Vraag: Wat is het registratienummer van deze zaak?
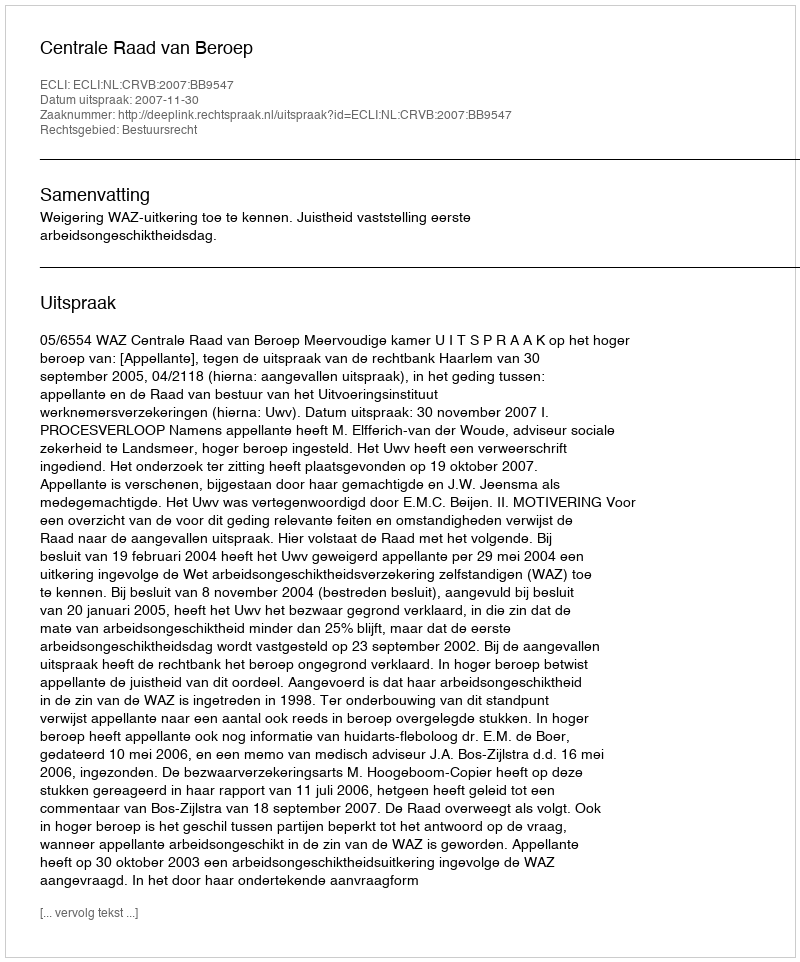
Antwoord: http://deeplink.rechtspraak.nl/uitspraak?id=ECLI:NL:CRVB:2007:BB9547